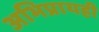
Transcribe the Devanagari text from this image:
अभिप्रायही